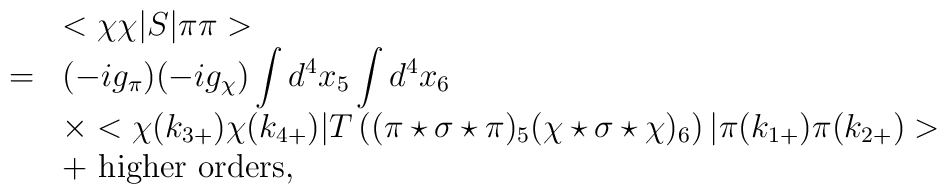
\begin{array}{rl}&<\chi\chi|S|\pi\pi>\\=&\displaystyle(-ig_{\pi})(-ig_{\chi})\int d^4x_5\int d^4x_6\\&\displaystyle\times<\chi(k_{3+})\chi(k_{4+})|T\left((\pi\star\sigma\star\pi)_5(\chi\star\sigma\star\chi)_6\right)|\pi(k_{1+})\pi(k_{2+})>\\\displaystyle&+{\rm ~higher~orders},\end{array}